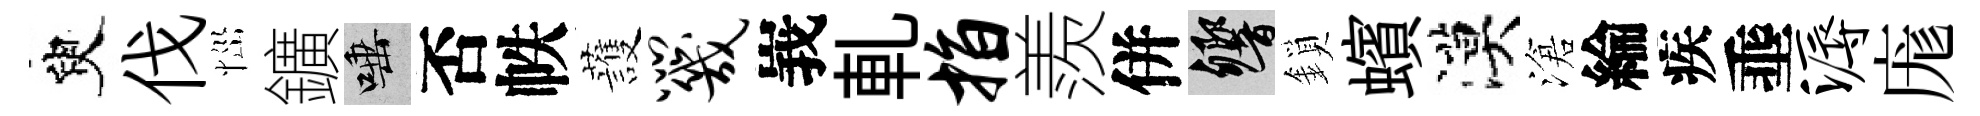
臾伐𢙉鑛唾否帙䕶咒峩軋指羨併響鎖蠙漠滄綸疾埀溽庬